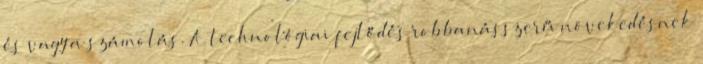
és vagy a számolás. A technológiai fejlődés robbanásszerű növekedésnek